Indian Medical Review
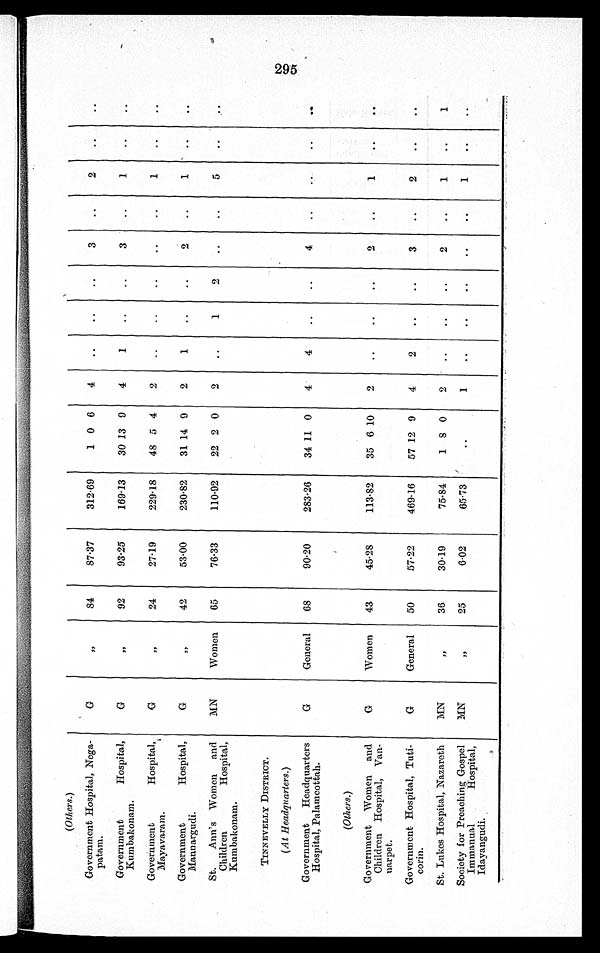
(Others.)
Government Hospital, Nega-
patam.
G
„
84
87.37
312.69
1 0 6
4
..
..
..
3
..
2 ..
..
Government Hospital,
Kumbakonam.
G
„
92
93.25
169.13
30 13 9
4 1
..
..
3
..
1 ..
..
Government Hospital,
Mayavaram.
G
,,
24
27·19
229·18
48 5 4
2
..
..
..
..
..
1
..
..
Government Hospital,
Mannargudi.
G
,,
42
53.00
230·82
31 14 9
2 1
..
..
2
.. 1
..
..
St. Ann's Women and
Children Hospital,
Kumbakonam.
MN
Women
65
76.33
110·92
22 2 0
2
..
1
2
..
..
5
..
..
TINNEVELLY DISTRICT.
(At Headquarters.)
Government Headquarters
Hospital, Palamcottah.
G
General
68
90·20
283·26
34 11 0
4
4
..
..
4
..
..
..
..
(Others.)
Government Women and
Children Hospital, Van-
narpet.
G
Women
43
45·28
113·82
35 6 10
2
..
..
..
2
..
1
..
..
Government Hospital, Tuti-
corin.
G
General
50
57·22
469·16
57 12 9
4 2
..
..
3
..
2
..
..
St. Lukes Hospital, Nazareth
MN
,,
36
30·19
75·84
1
8 0
2
..
..
..
2
..
1
..
1
Society for Preaching Gospel
Immanual Hospital,
Idayangudi.
MN
,,
25
6·02
65·73
..
1
..
..
..
..
..
1
..
..